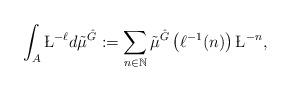
LaTeX: \begin{align*}\int_A\L^{-\ell}d\tilde\mu^{\hat{G}}:=\sum_{n\in \mathbb N}\tilde\mu^{\hat{G}}\left(\ell^{-1}(n)\right)\L^{-n},\end{align*}